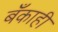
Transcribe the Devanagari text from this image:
बँकाही